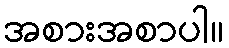
အစားအစာပါ။